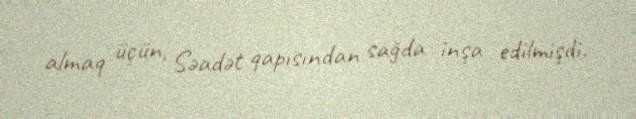
almaq üçün, Səadət qapısından sağda inşa edilmişdi.